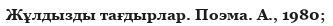
Жұлдызды тағдырлар. Поэма. А., 1980;